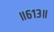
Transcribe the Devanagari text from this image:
॥६१३॥